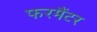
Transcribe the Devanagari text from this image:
फरमैंटर